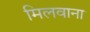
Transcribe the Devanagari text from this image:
मिलवाना